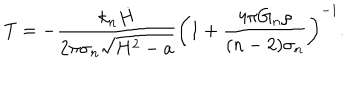
T = - \frac { k _ { n } \dot { H } } { 2 \pi \sigma _ { n } \sqrt { H ^ { 2 } - a } } \left( 1 + \frac { 4 \pi G _ { n } \rho } { ( n - 2 ) \sigma _ { n } } \right) ^ { - 1 } .